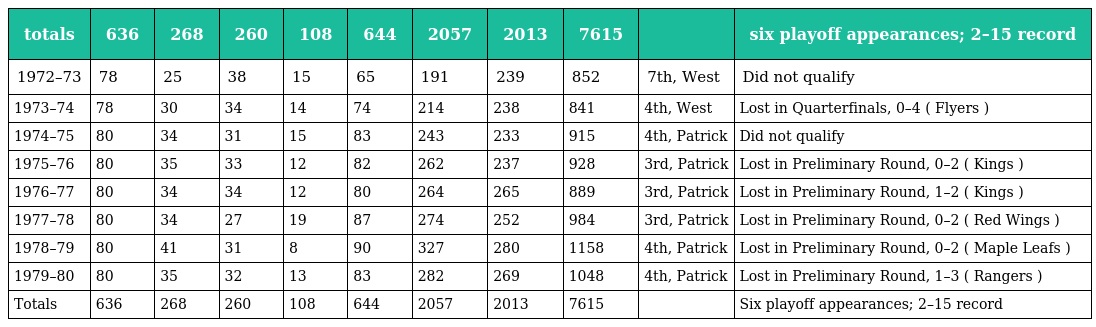
| totals | 636 | 268 | 260 | 108 | 644 | 2057 | 2013 | 7615 |  | six playoff appearances; 2–15 record |
 | --- | --- | --- | --- | --- | --- | --- | --- | --- | --- | --- |
 | 1972–73 | 78 | 25 | 38 | 15 | 65 | 191 | 239 | 852 | 7th, West | Did not qualify |
 | 1973–74 | 78 | 30 | 34 | 14 | 74 | 214 | 238 | 841 | 4th, West | Lost in Quarterfinals, 0–4 ( Flyers ) |
 | 1974–75 | 80 | 34 | 31 | 15 | 83 | 243 | 233 | 915 | 4th, Patrick | Did not qualify |
 | 1975–76 | 80 | 35 | 33 | 12 | 82 | 262 | 237 | 928 | 3rd, Patrick | Lost in Preliminary Round, 0–2 ( Kings ) |
 | 1976–77 | 80 | 34 | 34 | 12 | 80 | 264 | 265 | 889 | 3rd, Patrick | Lost in Preliminary Round, 1–2 ( Kings ) |
 | 1977–78 | 80 | 34 | 27 | 19 | 87 | 274 | 252 | 984 | 3rd, Patrick | Lost in Preliminary Round, 0–2 ( Red Wings ) |
 | 1978–79 | 80 | 41 | 31 | 8 | 90 | 327 | 280 | 1158 | 4th, Patrick | Lost in Preliminary Round, 0–2 ( Maple Leafs ) |
 | 1979–80 | 80 | 35 | 32 | 13 | 83 | 282 | 269 | 1048 | 4th, Patrick | Lost in Preliminary Round, 1–3 ( Rangers ) |
 | Totals | 636 | 268 | 260 | 108 | 644 | 2057 | 2013 | 7615 |  | Six playoff appearances; 2–15 record |